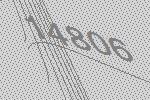
14806